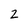
Character: 2